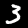
Digit: 3